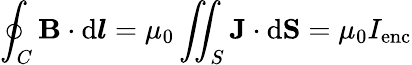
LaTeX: \oint_{C}\mathbf{B}\cdot\mathrm{d}{\boldsymbol{l}}=\mu_{0}\iint_{S}\mathbf{J}\cdot\mathrm{d}\mathbf{S}=\mu_{0}I_{\mathrm{enc}}